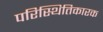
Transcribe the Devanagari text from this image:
परिस्थितिकारक